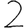
Digit: 2